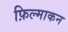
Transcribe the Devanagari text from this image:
फ़िल्माकन